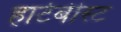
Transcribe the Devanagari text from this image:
हार्टबीस्ट